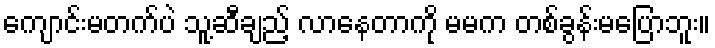
ကျောင်းမတက်ပဲ သူ့ဆီချည့် လာနေတာကို မမက တစ်ခွန်းမပြောဘူး။